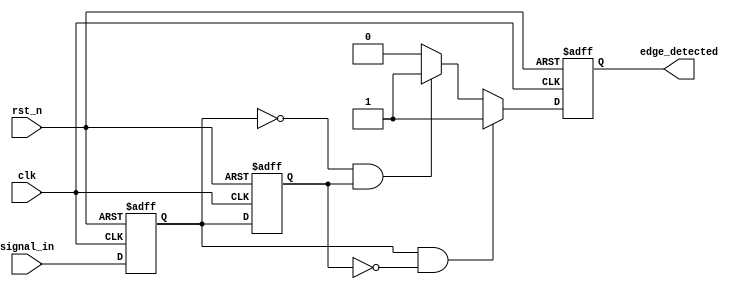
module GlitchFreeEdgeDetector (
    input wire clk,              // Clock input
    input wire rst_n,            // Active low reset
    input wire signal_in,        // Input signal to detect edges
    output reg edge_detected     // Output signal indicating edge detection
);

    // Memory blocks (flip-flops) to store previous states
    reg signal_prev;             // Previous state of the input signal
    reg signal_curr;             // Current state of the input signal

    // Edge detection logic
    always @(posedge clk or negedge rst_n) begin
        if (!rst_n) begin
            signal_prev <= 1'b0;  // Initialize previous state to 0
            signal_curr <= 1'b0;  // Initialize current state to 0
            edge_detected <= 1'b0; // Initialize edge detected to 0
        end else begin
            // Update current and previous states
            signal_prev <= signal_curr; // Store previous state
            signal_curr <= signal_in;    // Capture current input signal

            // Edge detection logic
            if (signal_curr && !signal_prev) begin
                edge_detected <= 1'b1; // Rising edge detected
            end else if (!signal_curr && signal_prev) begin
                edge_detected <= 1'b1; // Falling edge detected
            end else begin
                edge_detected <= 1'b0;  // No edge detected
            end
        end
    end

endmodule